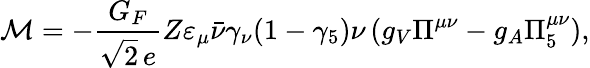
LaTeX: {\cal M}=-\frac{G_{F}}{\sqrt{2}\, e}Z\varepsilon_{\mu}\bar{\nu}\gamma_{\nu}(1-\gamma_{5})\nu\, (g_{V}\Pi^{\mu\nu}-g_{A}\Pi_{5}^{\mu\nu}),